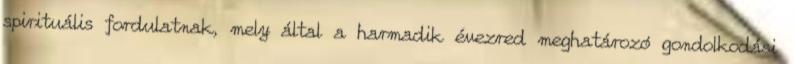
spirituális fordulatnak, mely által a harmadik évezred meghatározó gondolkodási